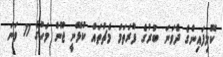
ކޮލިފައިންގެ ދެވަނަ ބުރުގެ ފުރަަތަމަ މެޗުތައް ކުޅޭނީ ޖޫން މަހުގެ 11 ވަނަ